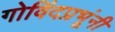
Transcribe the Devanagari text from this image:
गोविंदप्रभूंनी